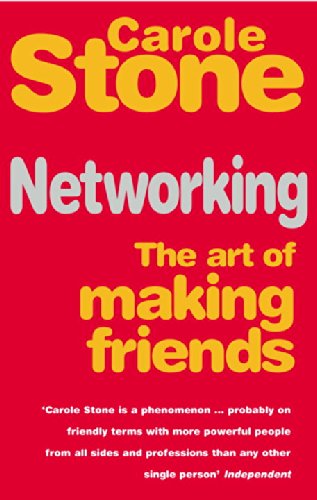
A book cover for Networking: The Art of Making Friends; Carole Stone; Self-Help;